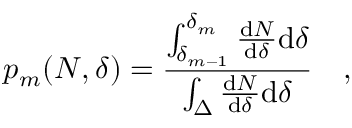
p _ { m } ( N , \delta ) = \frac { \int _ { \delta _ { m - 1 } } ^ { \delta _ { m } } \frac { \mathrm { d } N } { \mathrm { d } \delta } \mathrm { d } \delta } { \int _ { \Delta } \frac { \mathrm { d } N } { \mathrm { d } \delta } \mathrm { d } \delta } \quad ,